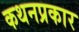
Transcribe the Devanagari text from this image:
कथनप्रकार